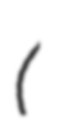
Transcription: (藤原